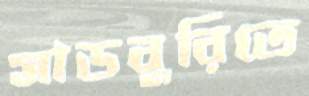
সাডবুরিতে